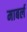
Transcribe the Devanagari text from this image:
माबर्ल